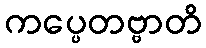
ကပ္ပေတဗ္ဗာတိ